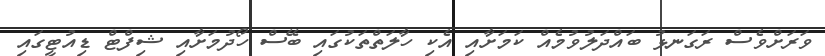
ވަރަށްވެސް ރަގަނޅު ބައްދަލުވުމެއް ކަމަށާއި އެކި ހާލަތްތަކުގައި ބޭސް ހޯދުމަށާއި ޝިފްޓް ޑިއުޓީގައި